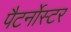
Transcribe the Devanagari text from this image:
पैटर्नोस्टर